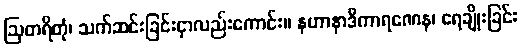
ဩတရိတုံ၊ သက်ဆင်းခြင်းငှာလည်းကောင်း။ နဟာနာဒိကာရဏေန၊ ရေချိုးခြင်း